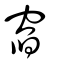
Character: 窞